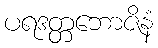
ပရဒတ္တဘောဇိနံ